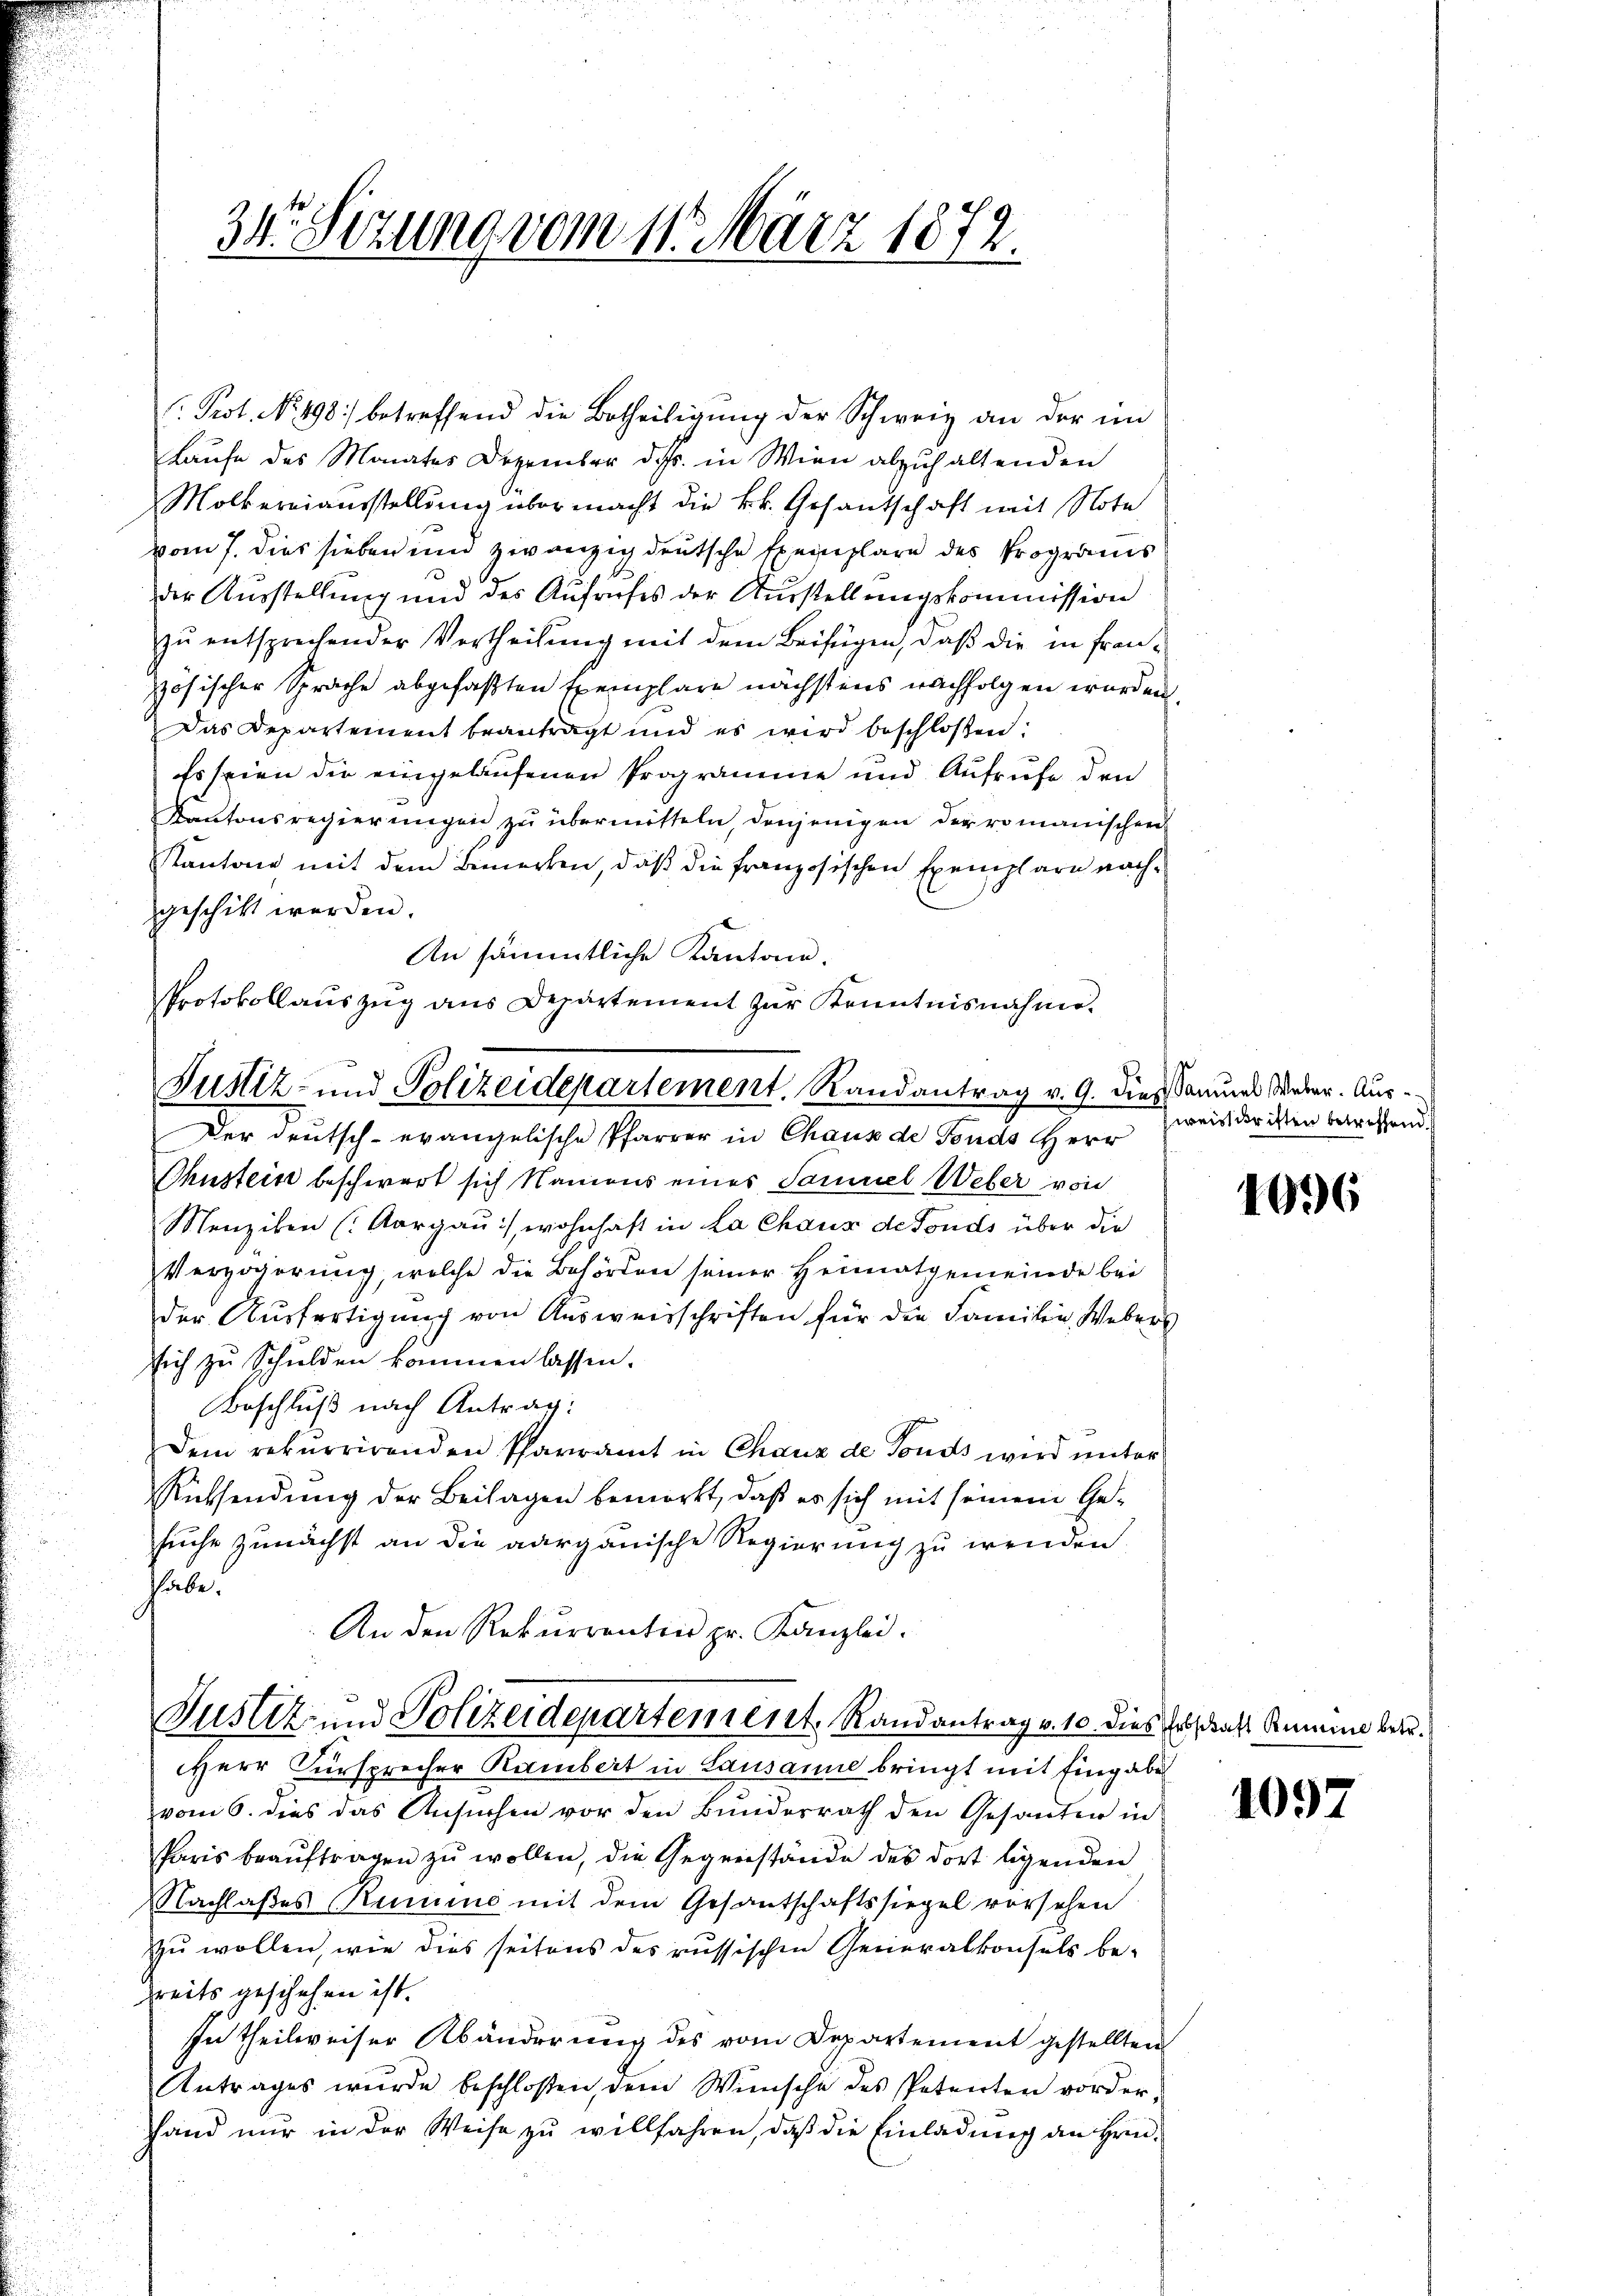
34. Sizung vom 11. März 1872.

Prot. No. 498 betreffend die Betheiligŭng der Schweiz an der im
Laufe des Monates Dezember das in Wien abzuhaltenden
Mölkerniausstellung über macht die k.k. Gesandschaft mit Note
vom 7. dies sieben und zwanzig deutsche Exemplare des Programs
der Ausstellung und des Aufrufes der Ausstellungskommission
zŭ entsprechender Vertheilŭng mit dem Beifügen, daβ die in französischer Sprache abgefaßten Exemplare nächstens nachfolgen worden.
Das Departement beantragt und es wird beschlossen:
Es seien die eingelaufenen Programme und Aufrufe den
Kantonsregierŭngen zŭ übermitteln, denjenigen der romanischen
Kantone mit dem Bemerken, daß die französischen Exemplare nachgeschickt werden.
An sämmtliche Kantone.
Protokollauszug aus Departement zur Kenntnisnahme.
Justiz- und Polizeidepartement. Randantrag v. 9. dieß Samuel Weber. Aus¬
Der deutsch-evangelische Pfarrer in Chaus de Fonds Herr
Bhustein beschwert sich Namens eines Samuel Weber von
Menziken (Aargau :/ wohnhaft in La Chaus de Fonds über die
Verzögerung, welche die Behörden seiner Heimatgemeinde bei
der Ausfertigung von Ausweisschriften für die Familie Webers
sich zu Schulden kommen lassen.
Beschluß nach Antrag:
Dem rekurrirenden Pfarramt in Chaux de Fonds wird unter
Rücksendung der Beilagen bemerkt, daß es sich mit seinem Gesuche zunächst an die aargauische Regierung zu wenden.
habe.
An den Rekurrenten pr. Kanzlei.

Justiz- und Polizeidepartement. Randantrag v. 10 dies Erschaft Summe betr
Herr Fürsprecher Rambert in Lausanne bringt mit Eingabe

weis dritten betreffend

vom 6. dies das Ansuchen vor den Bundesrath den Gesanten in
Paris beaŭftragen zŭ wollen, die Gegenstände des dort ligenden
Nachlaßes Remune mit dem Gesantschaftssiegel vorsehen
zu wollen, wie dies seitens des russischen Generalkonsels behreits geschehen ist.
In theilweiser Abänderung des vom Departement gestellten
Antrages wurde beschloßen, dem Wünsche des Petenten vorder¬
Hand nur in der Weise zu willfahren, daß die Einladung an Hrn.

1096

1097